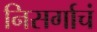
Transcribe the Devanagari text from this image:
निसर्गाचं